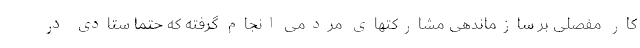
کار مفصلی بر سازماندهی مشارکتهای مردمی انجام گرفته که حتما ستادی در